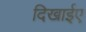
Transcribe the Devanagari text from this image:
दिखाईए